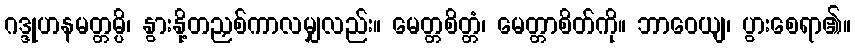
ဂဒ္ဒုဟနမတ္တမ္ပိ၊ နွားနို့တညှစ်ကာလမျှလည်း။ မေတ္တစိတ္တံ၊ မေတ္တာစိတ်ကို။ ဘာဝေယျ၊ ပွားစေရာ၏။